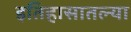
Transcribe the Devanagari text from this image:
इतिहासातल्या